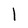
Character: l